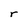
Character: r